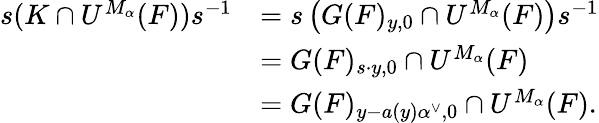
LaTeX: \begin{array}{rl}{s(K\cap U^{M_{\alpha}}(F))s^{-1}}&{=s\left(G(F)_{y,0}\cap U^{M_{\alpha}}(F)\right)s^{-1}}\\ &{=G(F)_{s\cdot y,0}\cap U^{M_{\alpha}}(F)}\\ &{=G(F)_{y-a(y)\alpha^{\vee},0}\cap U^{M_{\alpha}}(F).}\end{array}